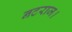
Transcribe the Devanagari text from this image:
नटराज।